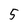
Character: 5